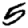
Digit: 5